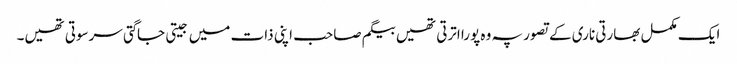
ایک مکمل بھارتی ناری کے تصور پہ وہ پورا اترتی تھیں بیگم صاحب اپنی ذات میں جیتی جاگتی سرسوتی تھیں۔